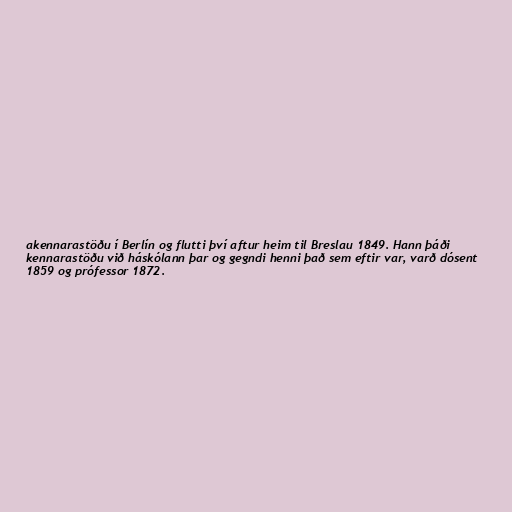
akennarastöðu í Berlín og flutti því aftur heim til Breslau 1849. Hann þáði
kennarastöðu við háskólann þar og gegndi henni það sem eftir var, varð dósent
1859 og prófessor 1872.